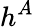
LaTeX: h^{A}